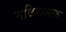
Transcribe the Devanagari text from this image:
मदिरासक्त